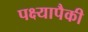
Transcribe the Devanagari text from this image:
पक्ष्यापैकी